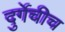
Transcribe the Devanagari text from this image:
दुर्गेचीच